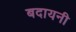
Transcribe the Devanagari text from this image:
बदायनी